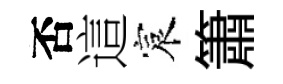
否這宸簫